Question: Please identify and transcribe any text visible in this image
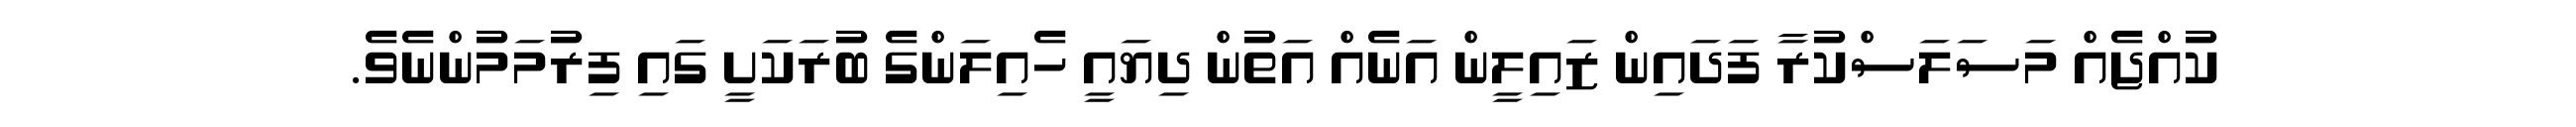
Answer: ކުއްޖެއް މަސަލަސްކުރާ ފަދައިން ޒައިލީން އަނެއް އަތުން ދިޔައީ ހެއިލަންގެ ބުރަކަށީ ގައި ފިރުމަމުންނެވެ.